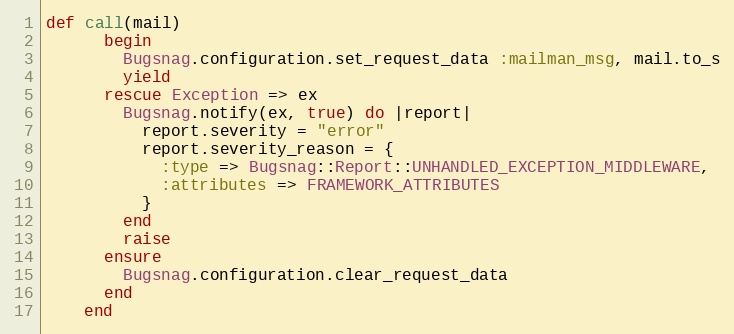
Language: Ruby
def call(mail)
      begin
        Bugsnag.configuration.set_request_data :mailman_msg, mail.to_s
        yield
      rescue Exception => ex
        Bugsnag.notify(ex, true) do |report|
          report.severity = "error"
          report.severity_reason = {
            :type => Bugsnag::Report::UNHANDLED_EXCEPTION_MIDDLEWARE,
            :attributes => FRAMEWORK_ATTRIBUTES
          }
        end
        raise
      ensure
        Bugsnag.configuration.clear_request_data
      end
    end